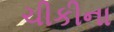
ચીકીના